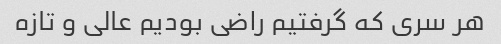
هر سری که گرفتیم راضی بودیم عالی و تازه